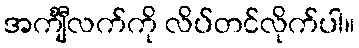
အင်္ကျီလက်ကို လိပ်တင်လိုက်ပါ။